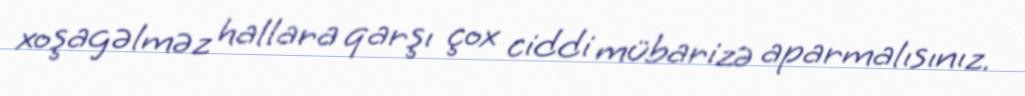
xoşagəlməz hallara qarşı çox ciddi mübarizə aparmalısınız.